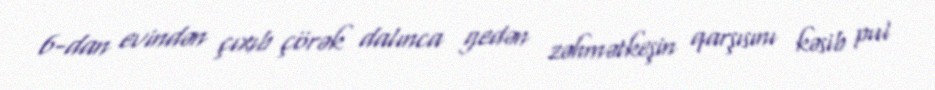
6-dan evindən çıxıb çörək dalınca gedən zəhmətkeşin qarşısını kəsib pul